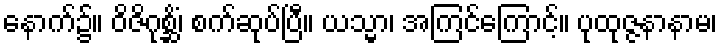
နောက်၌။ ဝိဇိဂုစ္ဆိံ၊ စက်ဆုပ်ပြီ။ ယသ္မာ၊ အကြင်ကြောင့်။ ပုထုဇ္ဇနာနာမ၊